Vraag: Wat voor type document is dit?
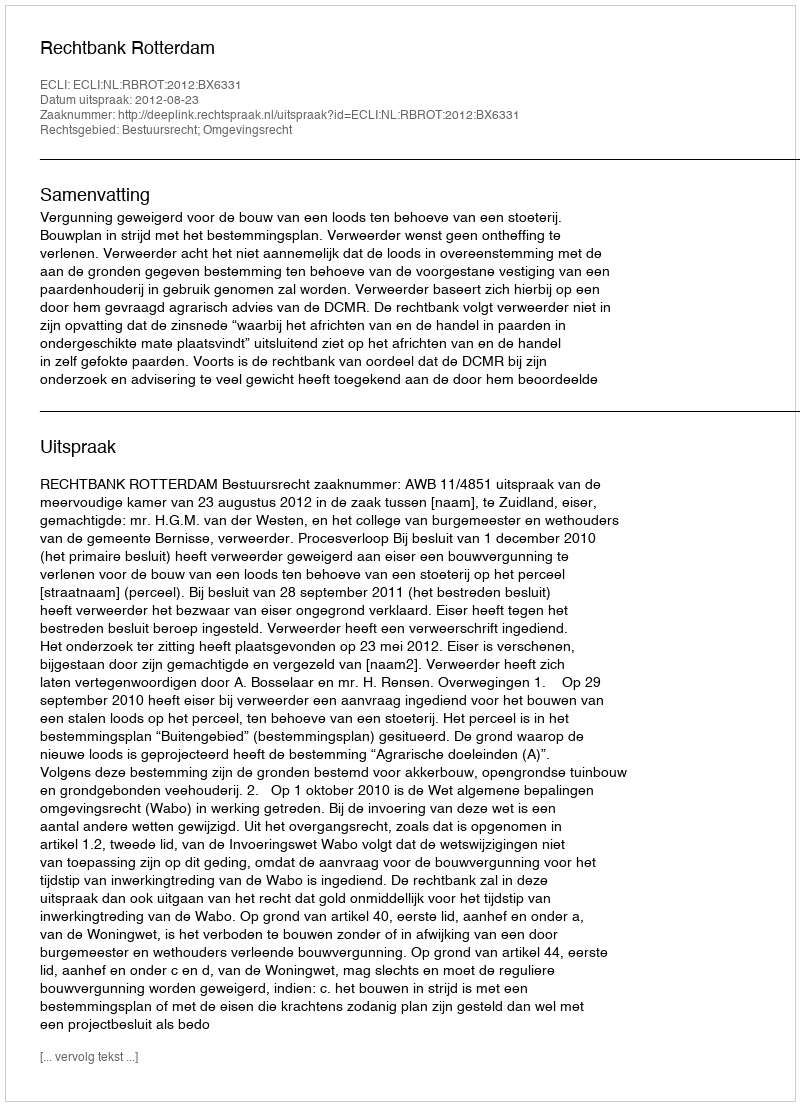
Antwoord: Uitspraak